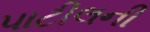
પાટીલની